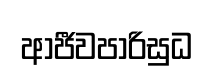
ආජීවපාරිසුධ